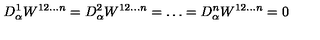
D _ { \alpha } ^ { 1 } W ^ { 1 2 \ldots n } = D _ { \alpha } ^ { 2 } W ^ { 1 2 \ldots n } = \ldots = D _ { \alpha } ^ { n } W ^ { 1 2 \ldots n } = 0